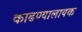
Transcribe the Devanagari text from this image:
काढण्यालायक